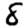
Digit: 8